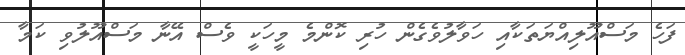
ފަހެ މަސްއޫލިއްޔަތަކާއި ހަވާލުވެގެން ހުރި ކޮންމެ މީހަކީ ވެސް އޭނާ މަސްއޫލުވި ކަމާ